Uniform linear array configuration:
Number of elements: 16
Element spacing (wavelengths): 0.75
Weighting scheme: cosine
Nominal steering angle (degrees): -45
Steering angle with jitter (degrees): -46.037
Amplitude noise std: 0.05
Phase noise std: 0.05

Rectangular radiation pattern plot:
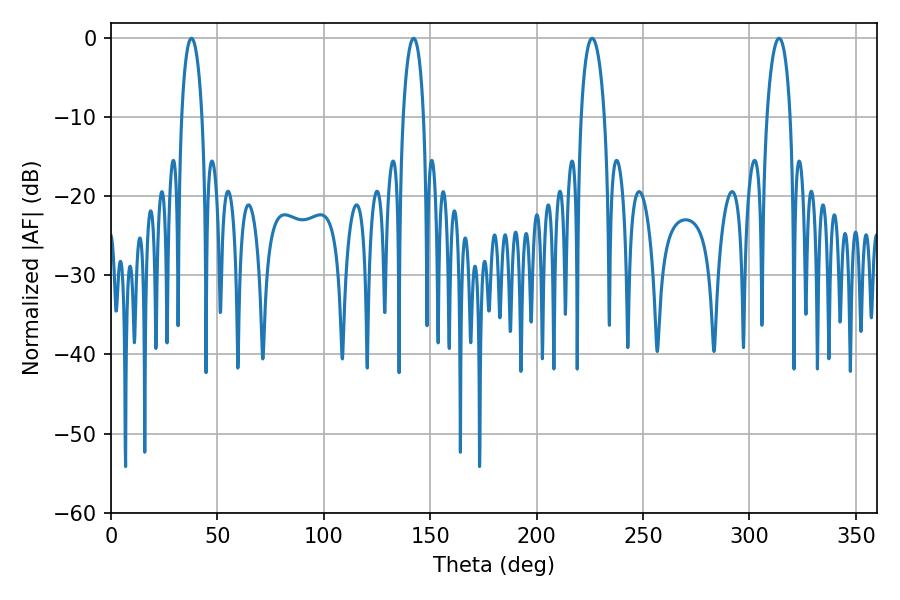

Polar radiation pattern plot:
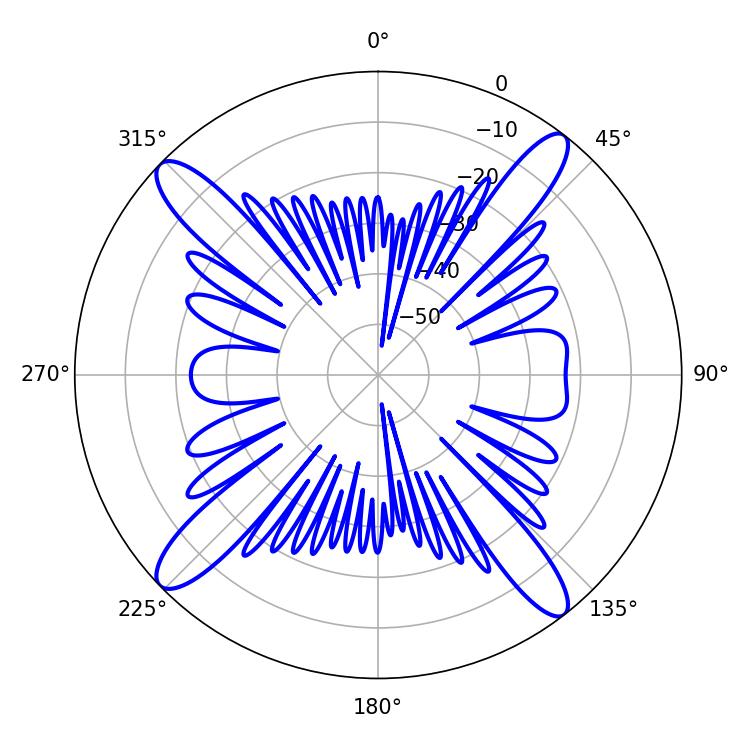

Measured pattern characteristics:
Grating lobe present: TRUE
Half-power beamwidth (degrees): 6.3
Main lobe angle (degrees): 226.08